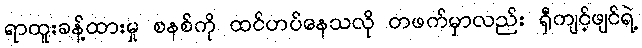
ရာထူးခန့်ထားမှု စနစ်ကို ထင်ဟပ်နေသလို တဖက်မှာလည်း ရှီကျင့်ဖျင်ရဲ့